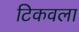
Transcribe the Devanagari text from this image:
टिकवला